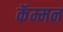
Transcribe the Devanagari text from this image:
कॅम्मन